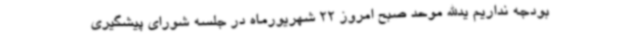
بودجه نداریم یدالله موحد صبح امروز 22 شهریورماه در جلسه شورای پیشگیری